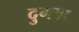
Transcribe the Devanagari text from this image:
दुगवा